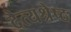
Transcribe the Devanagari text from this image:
दैत्यश्रेष्ठ